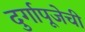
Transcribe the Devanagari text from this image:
दुर्गापूजेची